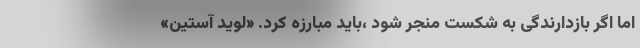
اما اگر بازدارندگی به شکست منجر شود ،باید مبارزه کرد. «لوید آستین»